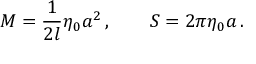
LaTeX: M = \frac { 1 } { 2 l } \eta _ { 0 } a ^ { 2 } \, , \qquad S = 2 \pi \eta _ { 0 } a \, .